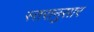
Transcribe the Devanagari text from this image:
स्तरानुसार